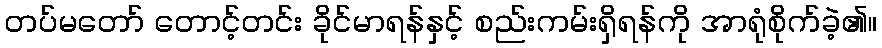
တပ်မတော် တောင့်တင်း ခိုင်မာရန်နှင့် စည်းကမ်းရှိရန်ကို အာရုံစိုက်ခဲ့၏။